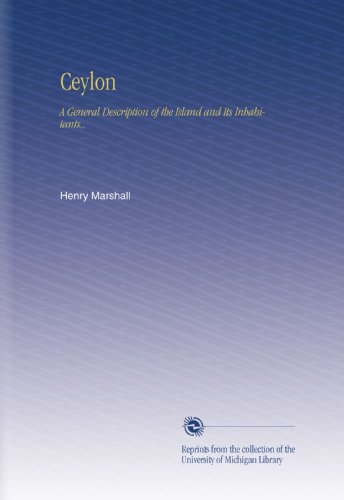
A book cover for Ceylon: A General Description of the Island and Its Inhabitants,.; Henry Marshall; Travel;